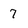
Character: 7